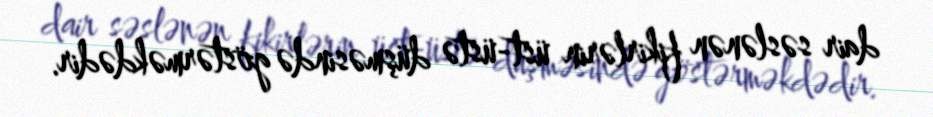
dair səslənən fikirlərin üst-üstə düşməsində göstərməkdədir.